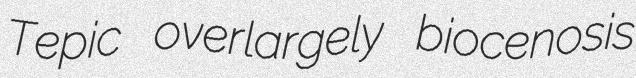
Tepic overlargely biocenosis